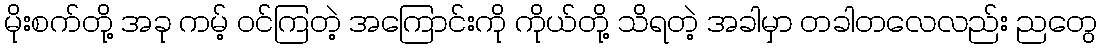
မိုးစက်တို့ အခု ကမ့် ဝင်ကြတဲ့ အကြောင်းကို ကိုယ်တို့ သိရတဲ့ အခါမှာ တခါတလေလည်း ညတွေ